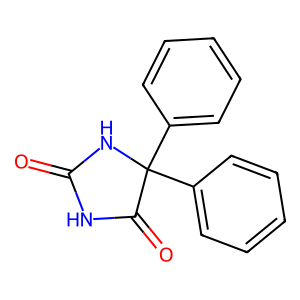
SMILES: O=C1NC(=O)C(c2ccccc2)(c2ccccc2)N1
Inhibits HIV replication: No